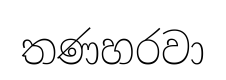
තණහරවා